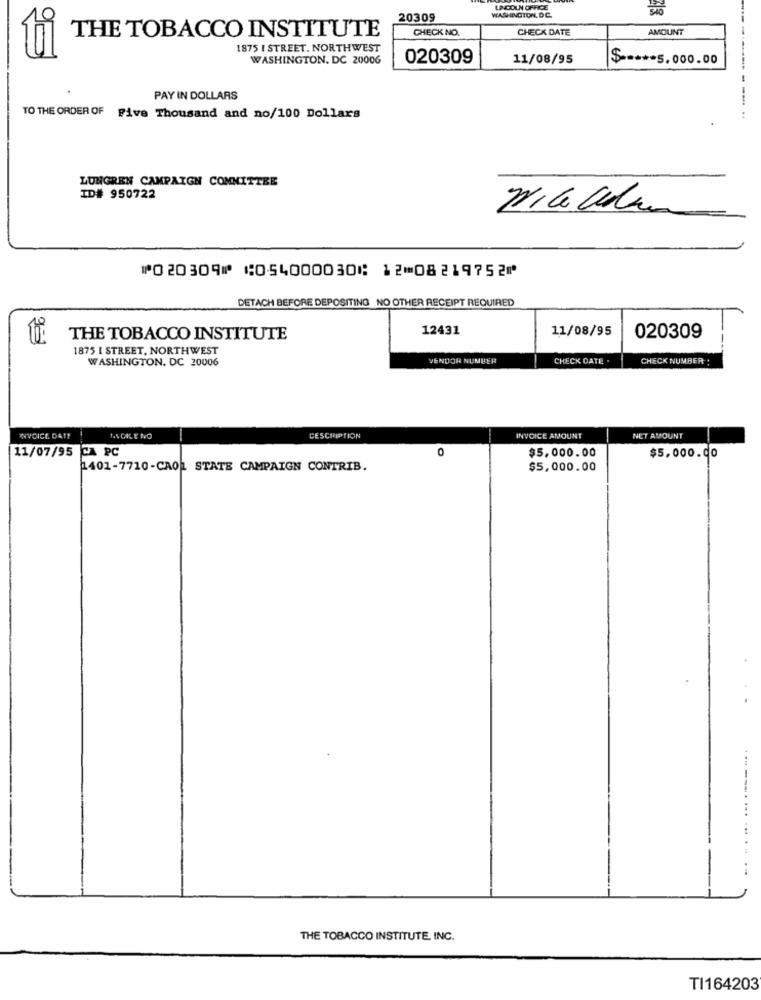
LINCOLN OFFICE
20309
WASHINGTON, DC
THE TOBACCO INSTITUTE
CHECK NO.
CHECK DATE
AMOUNT
1875 I STREET. NORTHWEST
WASHINGTON, DC 20006
020309
11/08/95
$ -*** 5.000.00
PAY IN DOLLARS
TO THE ORDER OF Five Thousand and no/100 Dollars
LUNGREN CAMPAIGN COMMITTEE
ID# 950722
⑈020309⑈ ⑆054000030⑆ 12⑉08219752⑈
DETACH BEFORE DEPOSITING NO OTHER RECEIPT REQUIRED
12431
11/08/95
THE TOBACCO INSTITUTE
020309
1875 I STREET, NORTHWEST
WASHINGTON, DC 20006
VENDOR NUMBER
CHECK DATE .
CHECK NUMBER :
INVOICE DA !!
AS GILE NO
DESCRIPTION
INVOICE AMOUNT
NET AMOUNT
11/07/95 CA PC
0
$5,000.00
$5,000.0o
1401-7710-CAOL STATE CAMPAIGN CONTRIB.
$5,000.00
--.. ... ....
THE TOBACCO INSTITUTE, INC.
TI164203